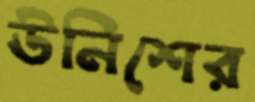
ঊনিশের